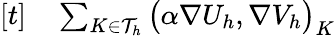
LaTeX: \begin{array}{rl}{[t]}&{{}\sum_{K\in\mathcal{T}_{h}}\big(\alpha\nabla U_{h},\nabla V_{h}\big)_{K}}\end{array}